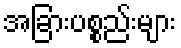
အခြားပစ္စည်းများ